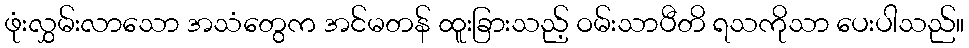
ဖုံးလွှမ်းလာသော အသံတွေက အင်မတန် ထူးခြားသည့် ဝမ်းသာပီတိ ရသကိုသာ ပေးပါသည်။